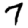
Digit: 7